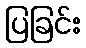
ပြခြင်း